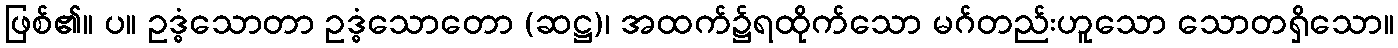
ဖြစ်၏။ ပ။ ဥဒ္ဓံသောတာ ဥဒ္ဓံသောတော (ဆဋ္ဌ)၊ အထက်၌ရထိုက်သော မဂ်တည်းဟူသော သောတရှိသော။